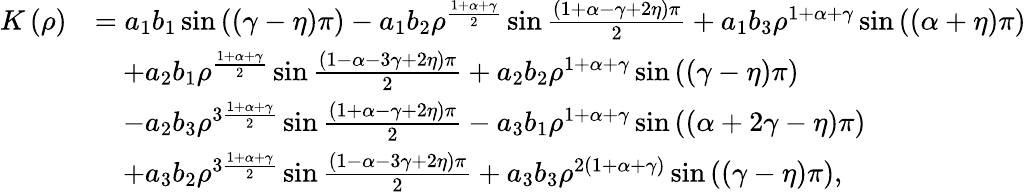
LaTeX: \begin{array}{rl}{K\left(\rho\right)}&{=a_{1}b_{1}\sin\left(\left(\gamma-\eta\right)\pi\right)-a_{1}b_{2}\rho^{\frac{1+\alpha+\gamma}{2}}\sin\frac{\left(1+\alpha-\gamma+2\eta\right)\pi}{2}+a_{1}b_{3}\rho^{1+\alpha+\gamma}\sin\left(\left(\alpha+\eta\right)\pi\right)}\\ &{\quad+a_{2}b_{1}\rho^{\frac{1+\alpha+\gamma}{2}}\sin\frac{\left(1-\alpha-3\gamma+2\eta\right)\pi}{2}+a_{2}b_{2}\rho^{1+\alpha+\gamma}\sin\left(\left(\gamma-\eta\right)\pi\right)}\\ &{\quad-a_{2}b_{3}\rho^{3\frac{1+\alpha+\gamma}{2}}\sin\frac{\left(1+\alpha-\gamma+2\eta\right)\pi}{2}-a_{3}b_{1}\rho^{1+\alpha+\gamma}\sin\left(\left(\alpha+2\gamma-\eta\right)\pi\right)}\\ &{\quad+a_{3}b_{2}\rho^{3\frac{1+\alpha+\gamma}{2}}\sin\frac{\left(1-\alpha-3\gamma+2\eta\right)\pi}{2}+a_{3}b_{3}\rho^{2\left(1+\alpha+\gamma\right)}\sin\left(\left(\gamma-\eta\right)\pi\right),}\end{array}